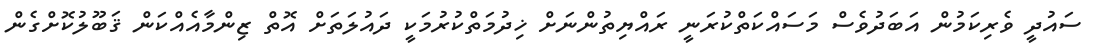
ސައުދީ ވެރިކަމުން އަބަދުވެސް މަސައްކަތްކުރަނީ ރައްޔިތުންނަށް ޚިދުމަތްކުރުމަކީ ދައުލަތަށް އޮތް ޒިންމާއެއްކަން ޤަބޫލުކޮށްގެން